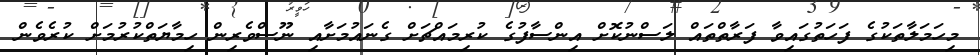
މިހަމަލާތަކުގެ ފަހަތުގައިވާ ފަރާތްތައް ލަސްނުކޮށް އިންސާފުގެ ކުރިމައްޗަށް ގެނައުމަށާއި ނޫސްވެރިން ހިމާޔަތްކުރުމަށް ކުރެވެން